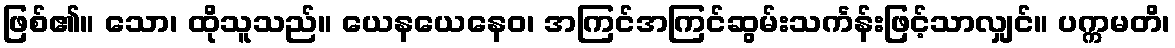
ဖြစ်၏။ သော၊ ထိုသူသည်။ ယေနယေနေဝ၊ အကြင်အကြင်ဆွမ်းသင်္ကန်းဖြင့်သာလျှင်။ ပက္ကမတိ၊